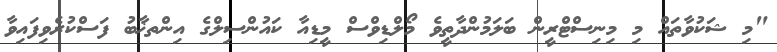
"މި ޝަކުވާތައް މި މިނިސްޓްރީން ބަލަމުންދާތީވެ މޯލްޑިވްސް މީޑިއާ ކައުންސިލްގެ އިންތޚާބު ފަސްކުރެވިފައިވާ